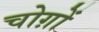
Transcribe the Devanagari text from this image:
चोग़ों